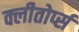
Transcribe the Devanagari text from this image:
क्लीतोर्प्स